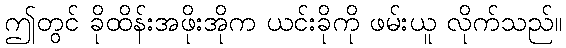
ဤတွင် ခိုထိန်းအဖိုးအိုက ယင်းခိုကို ဖမ်းယူ လိုက်သည်။